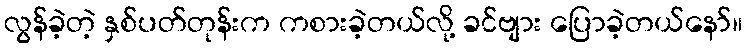
လွန်ခဲ့တဲ့ နှစ်ပတ်တုန်းက ကစားခဲ့တယ်လို့ ခင်ဗျား ပြောခဲ့တယ်နော်။